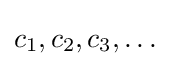
c_{1},c_{2},c_{3},\ldots